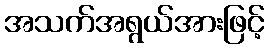
အသက်အရွယ်အားဖြင့်